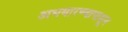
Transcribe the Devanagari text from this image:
अभयारण्यापासून